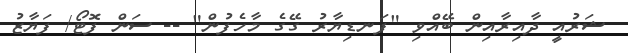
ޝަރުއީ ދާއިރާއިން ބޭއްވި "ފަނޑިޔާރު ގޭގެ މާހެފުން" -- ސަން ފޮޓޯ/ ފަޔާޒު